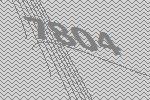
7804